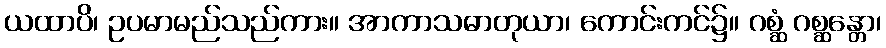
ယထာပိ၊ ဥပမာမည်သည်ကား။ အာကာသဓာတုယာ၊ ကောင်းကင်၌။ ဂစ္ဆံ ဂစ္ဆန္တော၊